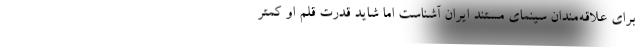
برای علاقه‌مندان سینمای مستند ایران آشناست اما شاید قدرت قلم او کمتر